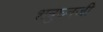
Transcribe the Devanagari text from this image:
शत्रुघ्नजी